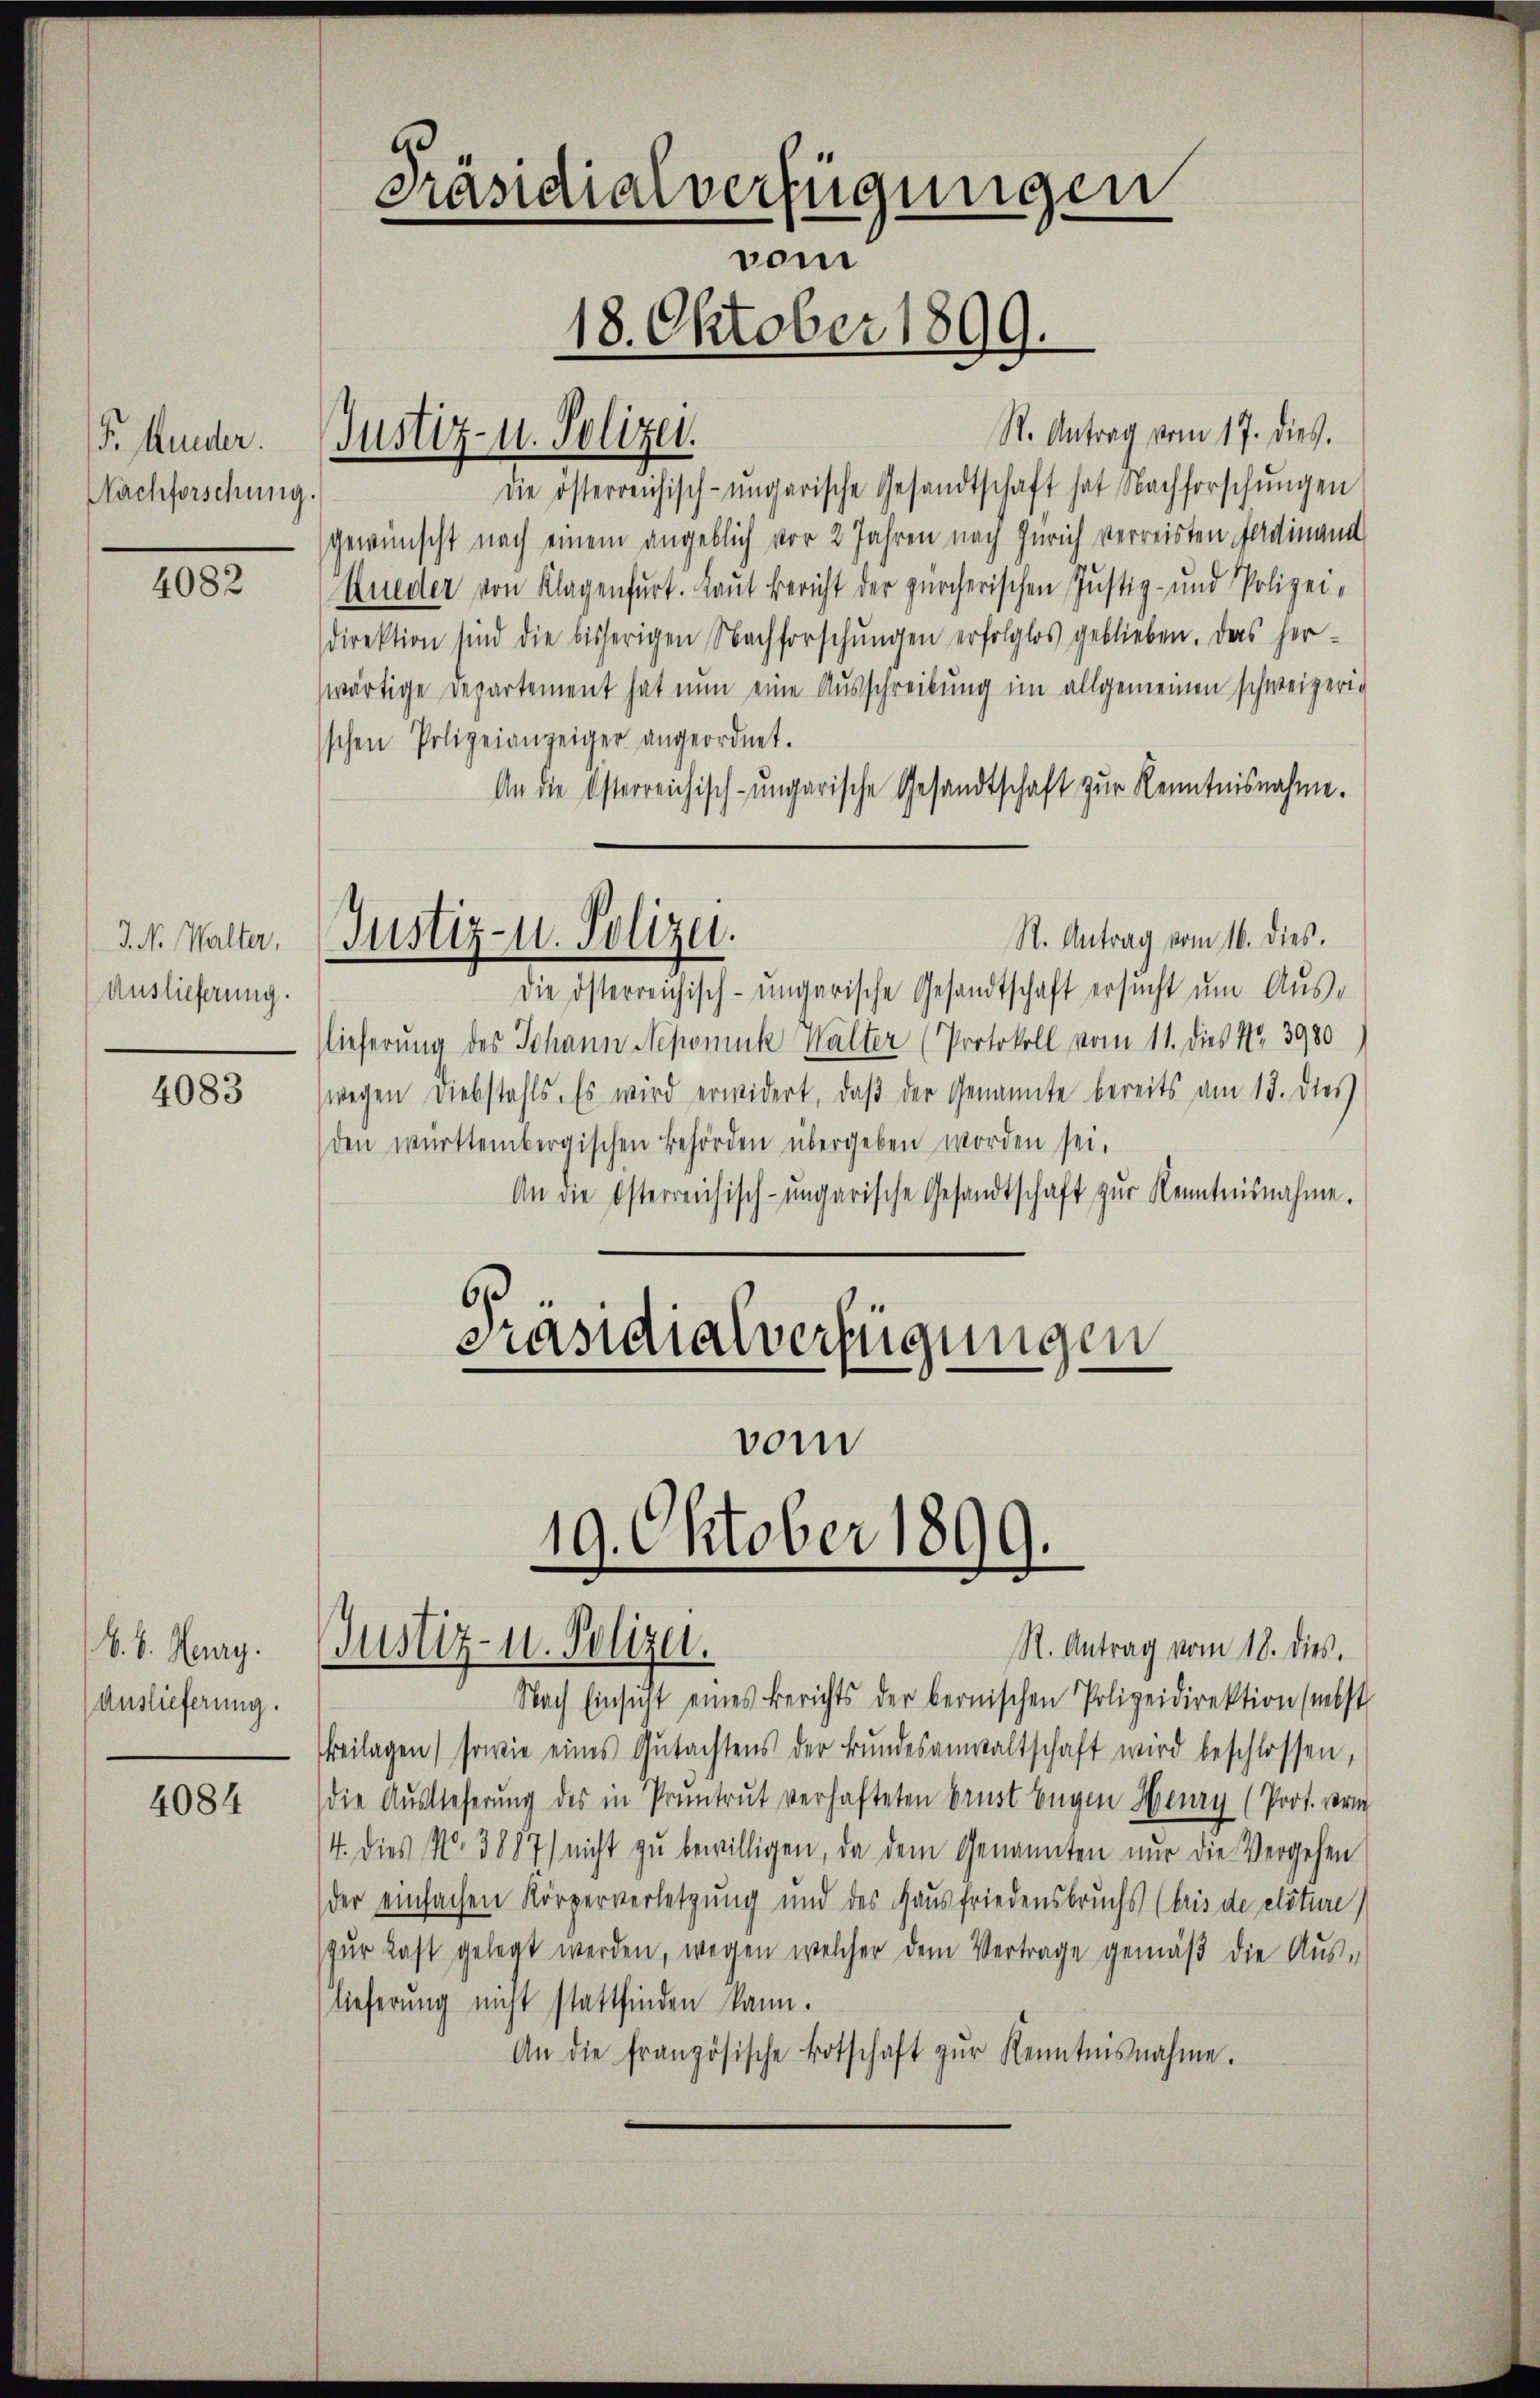
F. Hunder.
Nachforschung.

4082

J. N. Walter,
Auslieferung.

4083

b. v. Heury.
Auslieferung.

4084

Präsidialverfügungen
vom
18. Oktober 1899.

Justiz- u. Polizei.

Justiz- u. Polizei.

St. Antrag vom 17. dies.
die österreichisch-ungarische Gesandtschaft hat Nachforschŭngen
gewünscht nach einem angeblich vor 2 Jahren nach Zürich verreisten Pardinand
Kueder von Klagenfurt. Laut Bericht der zürcherischen Justiz- und Polizei-
direktion sind die bisherigen Nachforschŭngen erfolglos geblieben. Das her-
wärtige Departement hat nun eine Ausschreibung im allgemeinen schweizeri-
schen Polizeianzeiger angeordnet.
An die Osterreichisch-ungarische Gesandtschaft zur Kenntnisnahme.
St. Antrag vom 16. dies.
Die österreichisch-ungarische Gesandtschaft ersucht um Auslieferung des Johann Nepomuk Walter (Protokoll vom 11. dies Nr. 3980
wegen Diebstahls. Es wird erwidert, daß der Genannte bereits am 13. dies
den württembergischen Behörden übergeben worden sei.
An die Osterreichisch-ungarische Gesandtschaft zŭr Kenntnisnahme.
Präsidialverfügungen
vom

19. Oktober 1899.
Justiz- u. Polizei.

R. Antrag vom 18. dies.
Nach Einsicht eines Berichts der bernischen Polizeidirektion (nebst
Beilagen) sowie eines Gŭtachtens der Bŭndesanwaltschaft wird beschlossen,
(die Auslieferung des in Pruntrut verhafteten Brust Eugen Henry (Prot. Form
4. Dies No 3887) nicht zu bewilligen, da dem Genannten nur die Vergehen
der einfachen Körperverletzung und des Hausfriedensbruchs (beis de clôture)
(zur Last gelegt werden, wegen welcher dem Vertrage gemäß die Aus-
(lieferung nicht stattfinden kann.
An die französische Botschaft zŭr Kenntnisnahme.